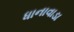
ધાનાવાડા